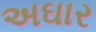
અઘાર